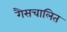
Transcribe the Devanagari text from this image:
गैसचालित